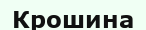
Крошина